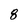
Character: 8